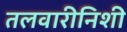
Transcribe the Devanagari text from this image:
तलवारीनिशी